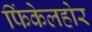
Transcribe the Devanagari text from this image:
फिंकेलहोर